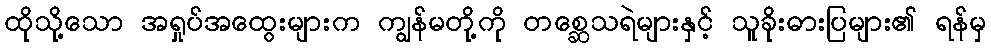
ထိုသို့သော အရှုပ်အထွေးများက ကျွန်မတို့ကို တစ္ဆေသရဲများနှင့် သူခိုးဓားပြများ၏ ရန်မှ